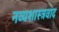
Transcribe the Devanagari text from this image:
नव्यशास्त्रवाद